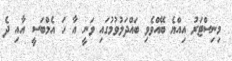
މިނިސްޓަރު އިއްޔެ ބޭއްވެވި ބައްދަލުވުމުގައި ވަނީ އާ ހަ އެމްބަސީ އާއި ދެ